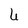
Character: U